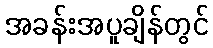
အခန်းအပူချိန်တွင်